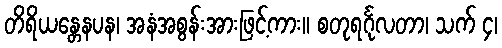
တိရိယန္တေနပန၊ အနံအစွန်းအားဖြင့်ကား။ စတုရင်္ဂုလတာ၊ သက် ၄၊